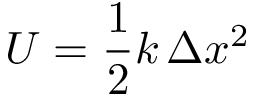
U = { \frac { 1 } { 2 } } k \, \Delta x ^ { 2 }